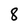
Character: 8